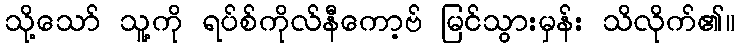
သို့သော် သူ့ကို ရပ်စ်ကိုလ်နီကော့ဗ် မြင်သွားမှန်း သိလိုက်၏။